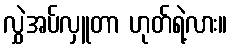
လွှဲအပ်လှူတာ ဟုတ်ရဲ့လား။